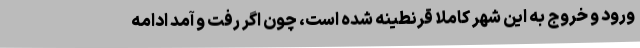
ورود و خروج به این شهر کاملا قرنطینه شده است، چون اگر رفت و آمد ادامه